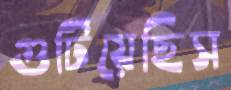
গুটিয়েছিস